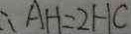
\therefore A H = 2 H C